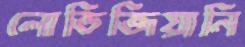
লোডিজিয়ানি